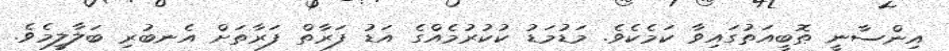
އިންސާނީ ޠޮބީއަތުގައިވާ ކަމެކެވެ. މަޑުމަޑު ކުކުރުމެއްގެ އަޑު ފަރާތް ފަރާތަށް އެނބުރި ބަލާލީމެވެ.